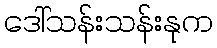
ဒေါ်သန်းသန်းနုက